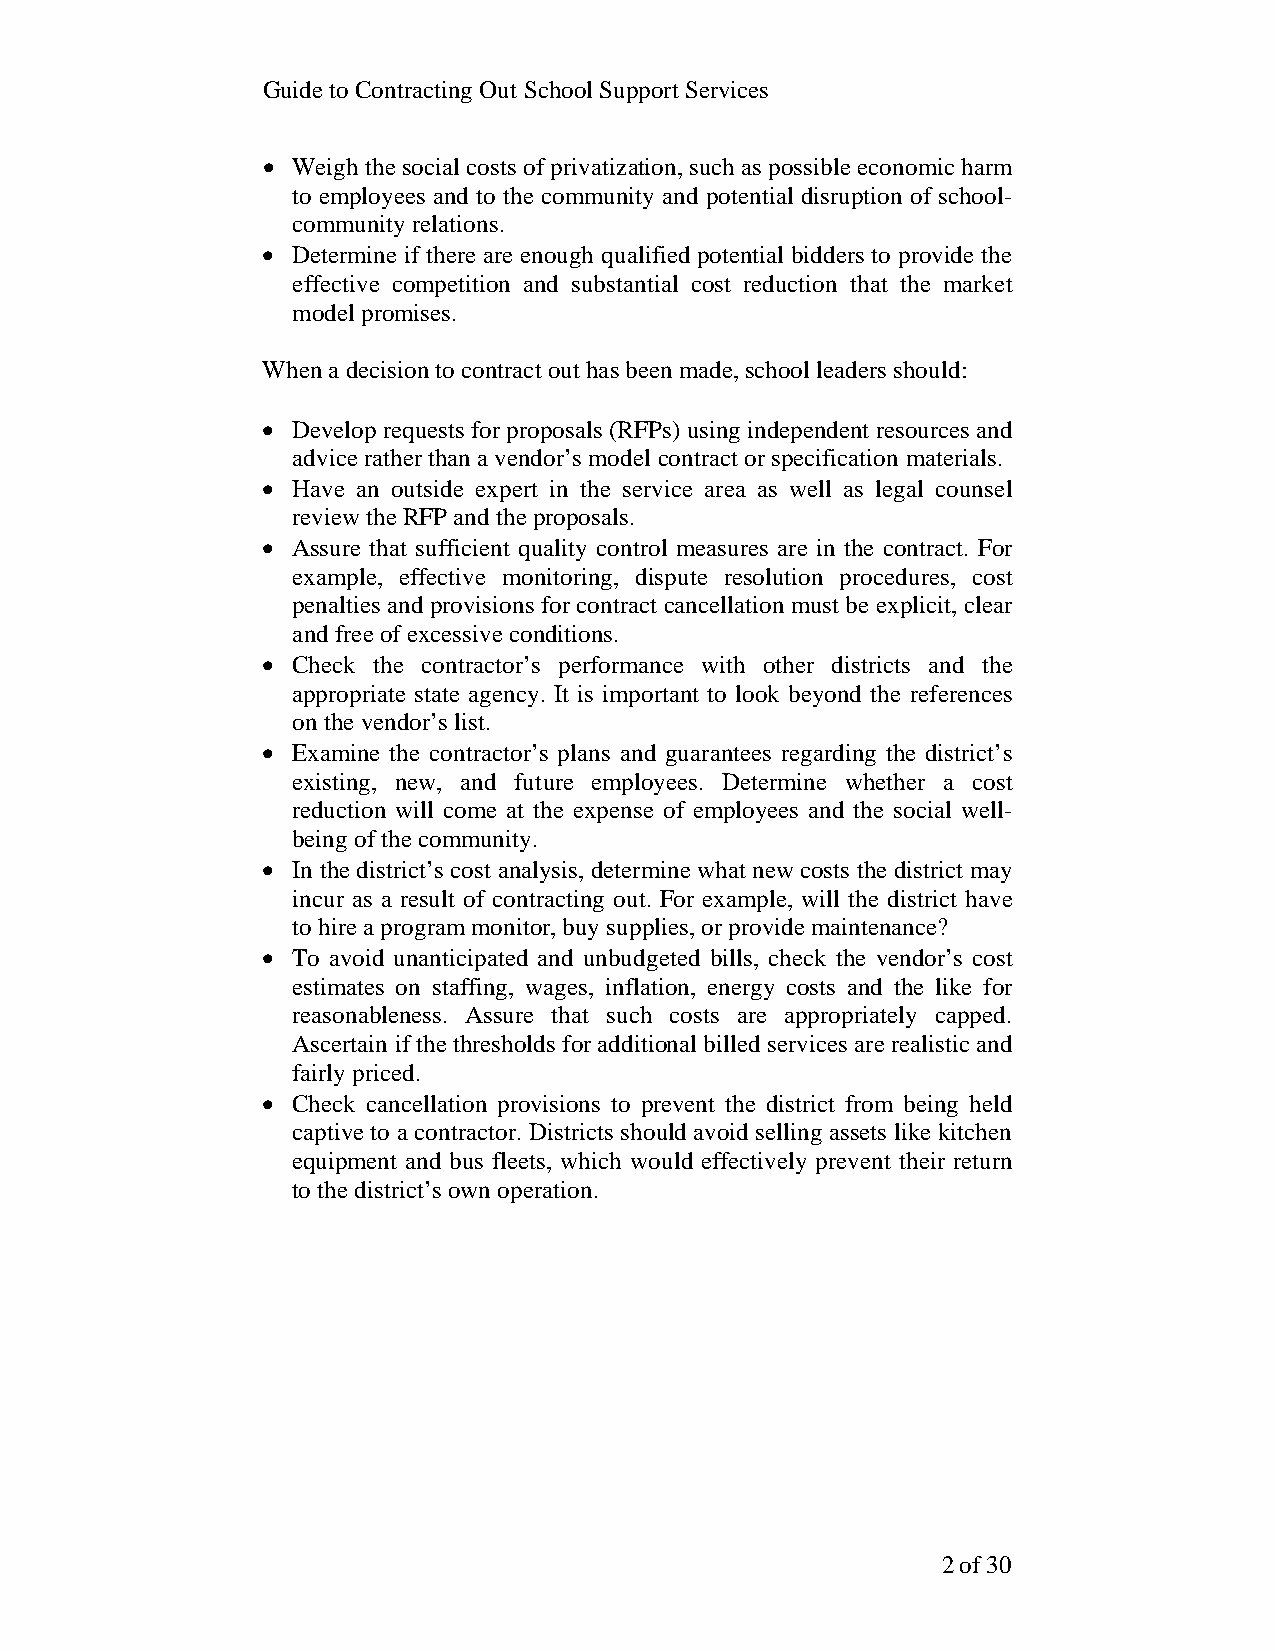
Guide to Contracting Out School Support Services
 • Weigh the social costs of privatization, such as possible economic harm
 to employees and to the community and potential disruption of school-
 community relations.
 • Determine if there are enough qualified potential bidders to provide the
 effective competition and substantial cost reduction that the market
 model promises.
 When a decision to contract out has been made, school leaders should:
 • Develop requests for proposals (RFPs) using independent resources and
 advice rather than a vendor’s model contract or specification materials.
 • Have an outside expert in the service area as well as legal counsel
 review the RFP and the proposals.
 • Assure that sufficient quality control measures are in the contract. For
 example, effective monitoring, dispute resolution procedures, cost
 penalties and provisions for contract cancellation must be explicit, clear
 and free of excessive conditions.
 • Check the contractor’s performance with other districts and the
 appropriate state agency. It is important to look beyond the references
 on the vendor’s list.
 • Examine the contractor’s plans and guarantees regarding the district’s
 existing, new, and future employees. Determine whether a cost
 reduction will come at the expense of employees and the social well-
 being of the community.
 • In the district’s cost analysis, determine what new costs the district may
 incur as a result of contracting out. For example, will the district have
 to hire a program monitor, buy supplies, or provide maintenance?
 • To avoid unanticipated and unbudgeted bills, check the vendor’s cost
 estimates on staffing, wages, inflation, energy costs and the like for
 reasonableness. Assure that such costs are appropriately capped.
 Ascertain if the thresholds for additional billed services are realistic and
 fairly priced.
 • Check cancellation provisions to prevent the district from being held
 captive to a contractor. Districts should avoid selling assets like kitchen
 equipment and bus fleets, which would effectively prevent their return
 to the district’s own operation.
 2 of 30